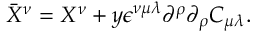
{ \bar { X } } ^ { \nu } = X ^ { \nu } + y \epsilon ^ { \nu \mu \lambda } \partial ^ { \rho } \partial _ { \rho } C _ { \mu \lambda } .